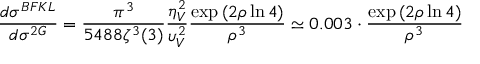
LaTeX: { \frac { d \sigma ^ { B F K L } } { d \sigma ^ { 2 G } } } = { \frac { \pi ^ { 3 } } { 5 4 8 8 \zeta ^ { 3 } ( 3 ) } } { \frac { \eta _ { V } ^ { 2 } } { \upsilon _ { V } ^ { 2 } } } { \frac { \exp { ( 2 \rho \ln { 4 } ) } } { \rho ^ { 3 } } } \simeq 0 . 0 0 3 \cdot { \frac { \exp { ( 2 \rho \ln { 4 } ) } } { \rho ^ { 3 } } }